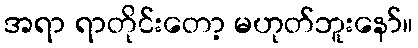
အရာ ရာတိုင်းတော့ မဟုတ်ဘူးနော်။